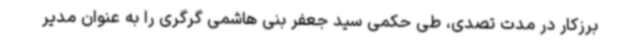
برزکار در مدت تصدی، طی حکمی سید جعفر بنی هاشمی گرگری را به عنوان مدیر